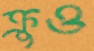
ক্রুও